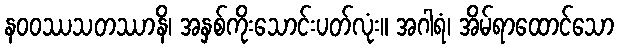
နဝဝဿသတဿာနိ၊ အနှစ်ကိုးသောင်းပတ်လုံး။ အဂါရံ၊ အိမ်ရာထောင်သော